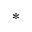
^ \ast